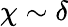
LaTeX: \chi\sim\delta